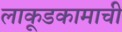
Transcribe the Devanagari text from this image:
लाकूडकामाची